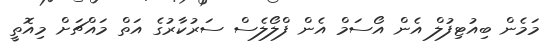
މަމެން ބިއުޓިފުލް އެން އޯސަމް އެން ފްލޯލެސް ސަރުކާރުގެ އަތް މައްޗަށް މިއޮތީ